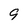
Character: 9